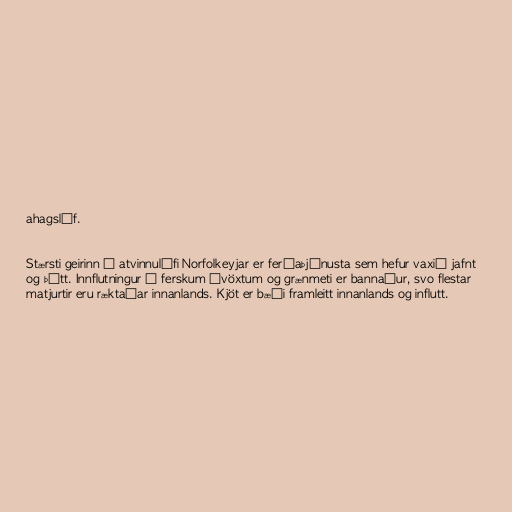
ahagslíf.

Stærsti geirinn í atvinnulífi Norfolkeyjar er ferðaþjónusta sem hefur vaxið jafnt
og þétt. Innflutningur á ferskum ávöxtum og grænmeti er bannaður, svo flestar
matjurtir eru ræktaðar innanlands. Kjöt er bæði framleitt innanlands og influtt.